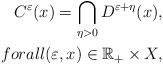
LaTeX: \begin{align*}C^{\varepsilon }(x)=\bigcap\limits_{\eta >0}D^{\varepsilon +\eta }(x),\\forall (\varepsilon ,x)\in \mathbb{R}_{+}\times X, \end{align*}